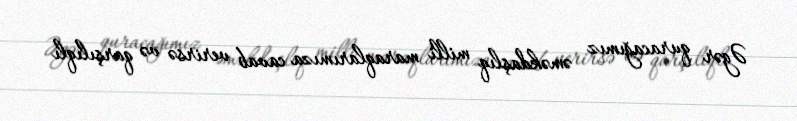
Əgər quracağımız əməkdaşlıq milli maraqlarımıza cavab verirsə və qarşılıqlı